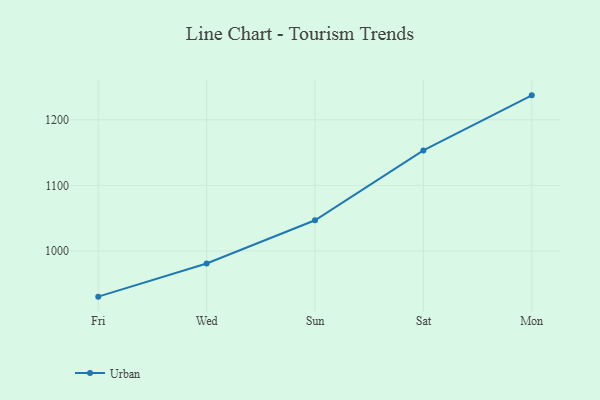
{"axis": {"x": "Day", "y": "Energy Usage (MWh)"}, "legend": ["Urban"], "data": [{"x": "Fri", "y": 930.4, "type": "Urban"}, {"x": "Wed", "y": 980.9, "type": "Urban"}, {"x": "Sun", "y": 1046.9, "type": "Urban"}, {"x": "Sat", "y": 1153.3, "type": "Urban"}, {"x": "Mon", "y": 1237.3, "type": "Urban"}]}